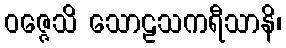
ဝဇ္ဇေသိ သောဠသကရီသာနိ၊